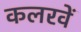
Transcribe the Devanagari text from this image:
कलरवें